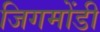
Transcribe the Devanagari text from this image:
जिगमोंडी